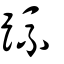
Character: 疏